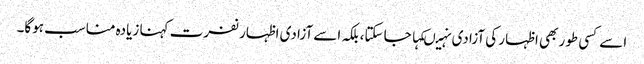
اسے کسی طور بھی اظہار کی آزادی نہیںکہا جا سکتا،بلکہ اسے آزادی اظہار نفرت کہنا زیادہ مناسب ہوگا۔